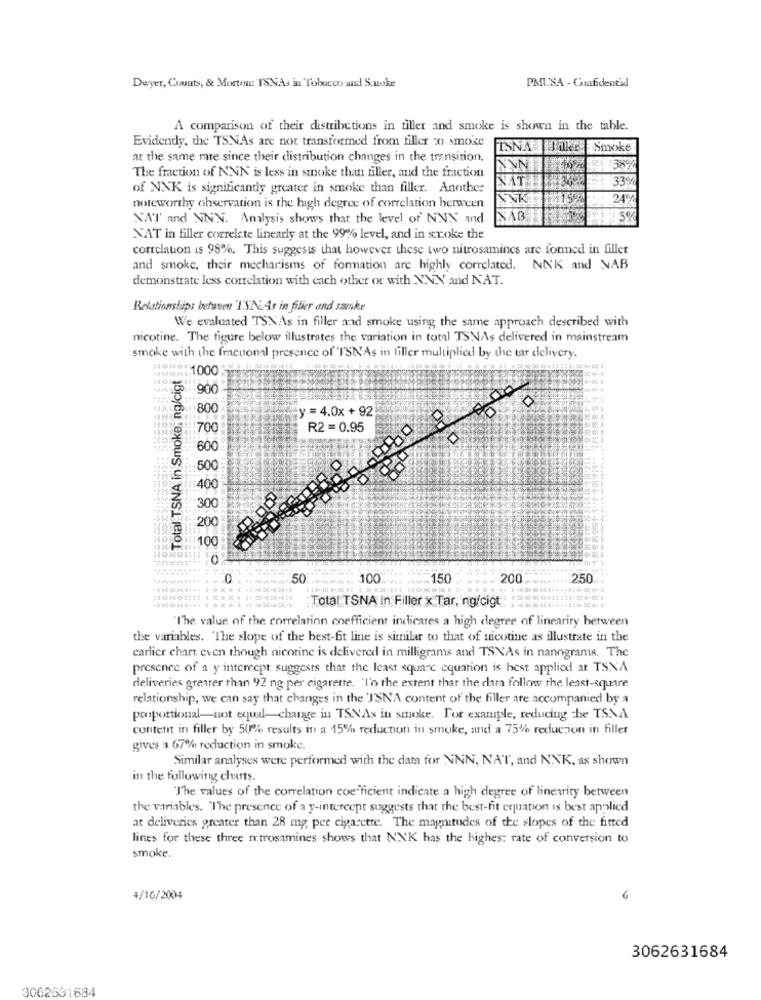
Dwyer, County, & Mortos:'ISNAs in Tobacco and Suoke
PMUSA - Confidential
A comparison of their distributions in filler and smoke is shown in the table.
Evidendy, the TSNAs are not transformed from filler 20) smose
ISNA TikerSmoke
at the same rate since their distribution changes in the transition.
:38%
The fraction of NNN is less in smoke than filler, and the fraction
NAT
33%
of NNK is significantly greater in smoke than filler. Another
ANK
24%
noteworthy observation is the high degree of correlation between
SAT and NNN. Analysis shows that the level of NNX and
NAB
NAT in filler correlate linearly at the 99% level, and in smoke the
correlation is 98%. This suggests that however these two nitrosamines are formed in filler
and smoke, their mechanisms of formation are highly correlated. NNK and NAB
demonstrate less correlation with each other or with NNN and NAT.
Relationships between 1SEAr in filier and saske
We evaluated TSXAs in filler and smoke using the same approach described with
nicotine. The figure below illustrates the variation in total TSNAs delivered in mainstream
smoke with the fractional presence of 'TSNAs in filler multiplied by the tar delivery.
Total TSNA in Smoke, ng/cigt
1000
900
800
y = 4.0x + 92
700
R2 = 0.95
600
50
40
30
200
100
0
50
100
150
200
250
110-30!
Total TSNA in Filler x Tar, ng/cigt
"The value of the correlation coefficient indicares a high degree of lineariry between
the variables. "The slope of the best-fit line is similar to that of nicotine as illustrate in the
carlier chart, even though nicotine is delivered in milligrams and TSNAs in nanograms. The
presence of a y intercept suggests that the least square equation is best applied at TSNA
deliveries greater than 92 ng per cigarette. 'l'o the extent that the clara follow the least-square
relationship, we can say that changes in the 'ISNA content of the filler are accompanied by a
proportional-not equal-change in TSNAs in smoke. For example, reducing the TSNA
content in filler by 50% results in a 15% reduction in smoke, and a 75% reduction in filler
gives a 67% reduction in smoke.
Similar analyses were performed with the data for NNN, NAT, and NNK, as shown
in the following charts.
"The values of the correlation coefficient indicate a high degree of linearity between
the variables. The presence of a y-intercept suggests that the best-fit equation is best applied
at deliveries greater than 28 mg, per cigarette. The magnitudes of the slopes of the fitted
lines for these three nitrosamines shows that NNK has the highes: rate of conversion to
smoke.
4/16/2004
3062631684
3062531684